Account of plague administration in the Bombay Presidency from September 1896 till May 1897
Year: 1896
Disease focus: Plague
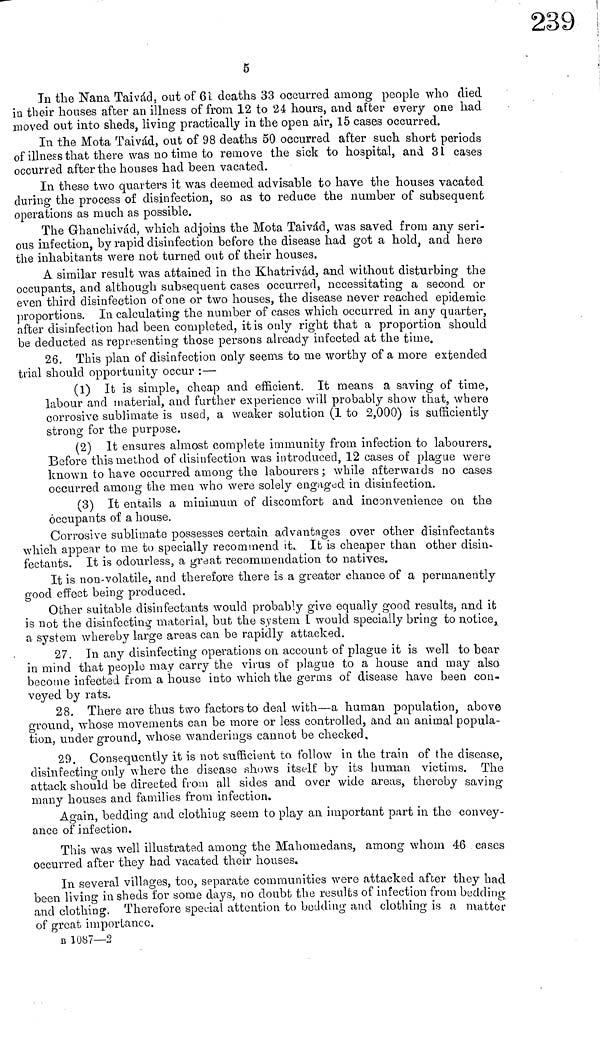
5
Τη the Nana Taivád, out of 61 deaths 33 occurred among people who died
in their houses after an illness of from 12 to 24 hours, and after every one had
moved out into sheds, living practically in the open air, 15 cases occurred.
In the Mota Taivád, out of 98 deaths 50 occurred after such short periods
of illness that there was no time to remove the sick to hospital, and 31 cases
occurred after the houses had been vacated.
In these two quarters it was deemed advisable to have the houses vacated
during the process of disinfection, so as to reduce the number of subsequent
operations as much as possible.
The Ghanchivád, which adjoins the Mota Taivád, was saved from any seri-
ous infection, by rapid disinfection before the disease had got a hold, and here
the inhabitants were not turned out of their houses.
A similar result was attained in the Khatrivád, and without disturbing the
occupants, and although subsequent cases occurred, necessitating a second or
even third disinfection of one or two houses, the disease never reached epidemic
proportions. In calculating the number of cases which occurred in any quarter,
after disinfection had been completed, it is only right that a proportion should
be deducted as representing those persons already infected at the time.
26. This plan of disinfection only seems to me worthy of a more extended
trial should opportunity occur :—
(1) It is simple, cheap and efficient. It means a saving of time,
labour and material, and further experience will probably show that, where
corrosive sublimate is used, a weaker solution (1 to 2,000) is sufficiently
strong for the purpose.
(2) It ensures almost complete immunity from infection to labourers.
Before this method of disinfection was introduced, 12 cases of plague were
known to have occurred among the labourers; while afterwards no cases
occurred among the men who were solely engaged in disinfection.
(3) It entails a minimum of discomfort and inconvenience on the
occupants of a house.
Corrosive sublimate possesses certain advantages over other disinfectants
which appear to me to specially recommend it. It is cheaper than other disin-
fectants. It is odourless, a great recommendation to natives.
It is non-volatile, and therefore there is a greater chance of a permanently
good effect being produced.
Other suitable disinfectants would probably give equally good results, and it
is not the disinfecting material, but the system I would specially bring to notice,
a system whereby large areas can be rapidly attacked.
27. In any disinfecting operations on account of plague it is well to bear
in mind that people may carry the virus of plague to a house and may also
become infected from a house into which the germs of disease have been con-
veyed by rats.
28. There are thus two factors to deal with—a human population, above
ground, whose movements can be more or less controlled, and an animal popula-
tion, underground, whose wanderings cannot be checked.
29. Consequently it is not sufficient to. follow in the train of the disease,
disinfecting only where the disease shows itself by its human victims. The
attack should be directed from all sides and over wide areas, thereby saving
many houses and families from infection.
Again, bedding and clothing seem to play an important part in the convey-
ance of infection.
This was well illustrated among the Mahomedans, among whom 46 cases
occurred after they had vacated their houses.
In several villages, too, separate communities were attacked after they had
been living in sheds for some days, no doubt the results of infection from budding
and clothing. Therefore special attention to bedding and clothing is a matter
of great importance.
B 1087—2